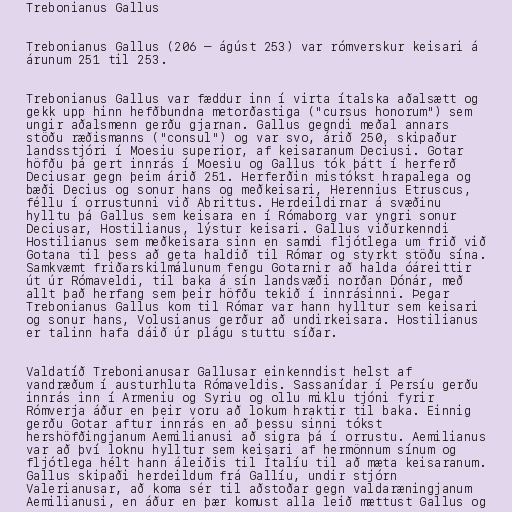
Trebonianus Gallus

Trebonianus Gallus (206 – ágúst 253) var rómverskur keisari á
árunum 251 til 253.

Trebonianus Gallus var fæddur inn í virta ítalska aðalsætt og
gekk upp hinn hefðbundna metorðastiga ("cursus honorum") sem
ungir aðalsmenn gerðu gjarnan. Gallus gegndi meðal annars
stöðu ræðismanns ("consul") og var svo, árið 250, skipaður
landsstjóri í Moesiu superior, af keisaranum Deciusi. Gotar
höfðu þá gert innrás í Moesiu og Gallus tók þátt í herferð
Deciusar gegn þeim árið 251. Herferðin mistókst hrapalega og
bæði Decius og sonur hans og meðkeisari, Herennius Etruscus,
féllu í orrustunni við Abrittus. Herdeildirnar á svæðinu
hylltu þá Gallus sem keisara en í Rómaborg var yngri sonur
Deciusar, Hostilianus, lýstur keisari. Gallus viðurkenndi
Hostilianus sem meðkeisara sinn en samdi fljótlega um frið við
Gotana til þess að geta haldið til Rómar og styrkt stöðu sína.
Samkvæmt friðarskilmálunum fengu Gotarnir að halda óáreittir
út úr Rómaveldi, til baka á sín landsvæði norðan Dónár, með
allt það herfang sem þeir höfðu tekið í innrásinni. Þegar
Trebonianus Gallus kom til Rómar var hann hylltur sem keisari
og sonur hans, Volusianus gerður að undirkeisara. Hostilianus
er talinn hafa dáið úr plágu stuttu síðar.

Valdatíð Trebonianusar Gallusar einkenndist helst af
vandræðum í austurhluta Rómaveldis. Sassanídar í Persíu gerðu
innrás inn í Armeniu og Syriu og ollu miklu tjóni fyrir
Rómverja áður en þeir voru að lokum hraktir til baka. Einnig
gerðu Gotar aftur innrás en að þessu sinni tókst
hershöfðingjanum Aemilianusi að sigra þá í orrustu. Aemilianus
var að því loknu hylltur sem keisari af hermönnum sínum og
fljótlega hélt hann áleiðis til Ítalíu til að mæta keisaranum.
Gallus skipaði herdeildum frá Gallíu, undir stjórn
Valerianusar, að koma sér til aðstoðar gegn valdaræningjanum
Aemilianusi, en áður en þær komust alla leið mættust Gallus og